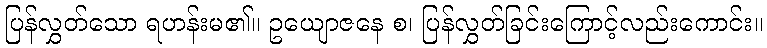
ပြန်လွှတ်သော ရဟန်းမ၏။ ဥယျောဇနေ စ၊ ပြန်လွှတ်ခြင်းကြောင့်လည်းကောင်း။